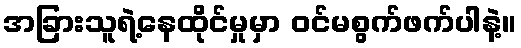
အခြားသူရဲ့နေထိုင်မှုမှာ ဝင်မစွက်ဖက်ပါနဲ့။